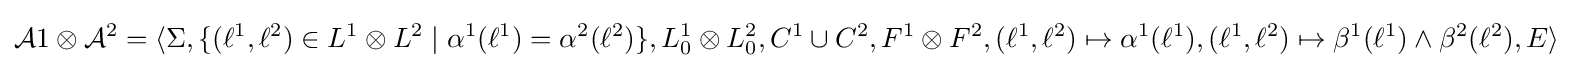
{\mathcal {A}}1\otimes {\mathcal {A}}^{2}=\langle \Sigma ,\{(\ell ^{1},\ell ^{2})\in L^{1}\otimes L^{2}\mid \alpha ^{1}(\ell ^{1})=\alpha ^{2}(\ell ^{2})\},L_{0}^{1}\otimes L_{0}^{2},C^{1}\cup C^{2},F^{1}\otimes F^{2},(\ell ^{1},\ell ^{2})\mapsto \alpha ^{1}(\ell ^{1}),(\ell ^{1},\ell ^{2})\mapsto \beta ^{1}(\ell ^{1})\land \beta ^{2}(\ell ^{2}),E\rangle